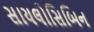
સાયલોસિબિન